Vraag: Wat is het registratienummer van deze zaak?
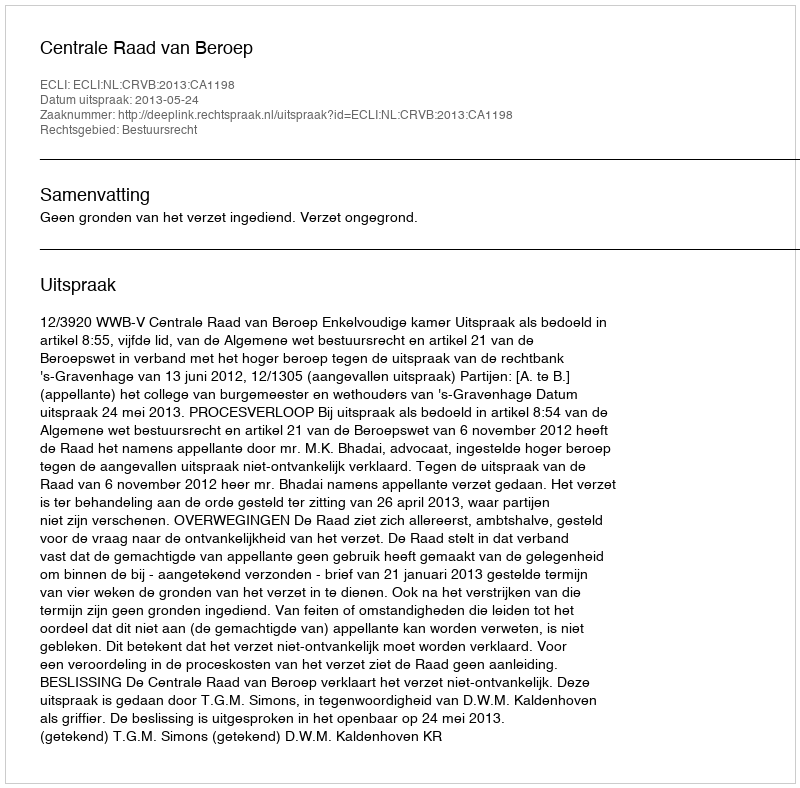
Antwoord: http://deeplink.rechtspraak.nl/uitspraak?id=ECLI:NL:CRVB:2013:CA1198